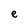
Character: e